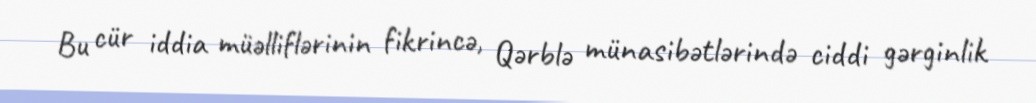
Bu cür iddia müəlliflərinin fikrincə, Qərblə münasibətlərində ciddi gərginlik